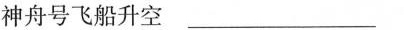
神舟号飞船升空___